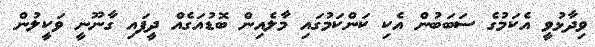
ވިދާޅުވީ އެކަމުގެ ސަބަބުން އެކި ކަންކަމުގައި މާލެއިން ބޮޑުއަގެއް ދީފައި ގާނޫނީ ވަކީލުން